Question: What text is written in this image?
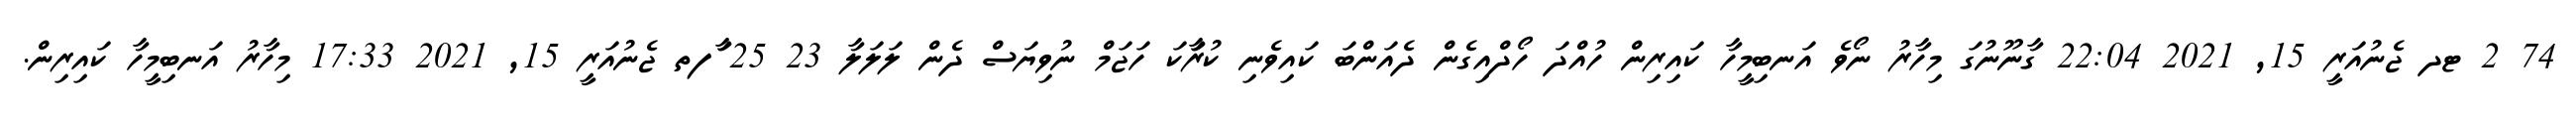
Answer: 74 2 ޓދ ޖެނުއަރީ 15, 2021 22:04 ގާނޫނުގަ މިހާރު ނޯވެ އަނބިމީހާ ކައިރިން ހުއްދަ ހޯދްއިގެން ދެއަންބަ ކައިވެނި ކުރަާކަ ހަޖަމް ނުވިޔަސް ދެން ލަލަލާ 23 25 ާަފތ ޖެނުއަރީ 15, 2021 17:33 މިހާރު އަނބިމީހާ ކައިރިން.